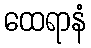
ထေရာနံ